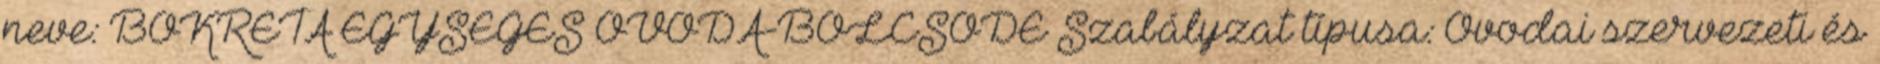
neve: BOKRÉTA EGYSÉGES ÓVODA-BÖLCSŐDE Szabályzat típusa: Óvodai szervezeti és